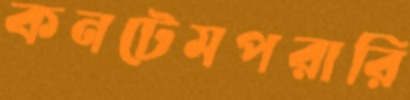
কনটেমপরারি